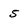
Character: 5